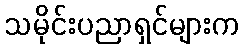
သမိုင်းပညာရှင်များက